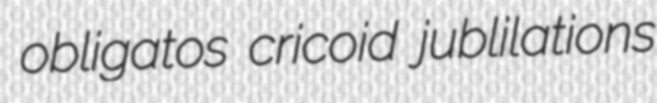
obligatos cricoid jublilations